King Institute of Preventive Medicine Bacteriolog. Section reports 1907-08
Year: 1907
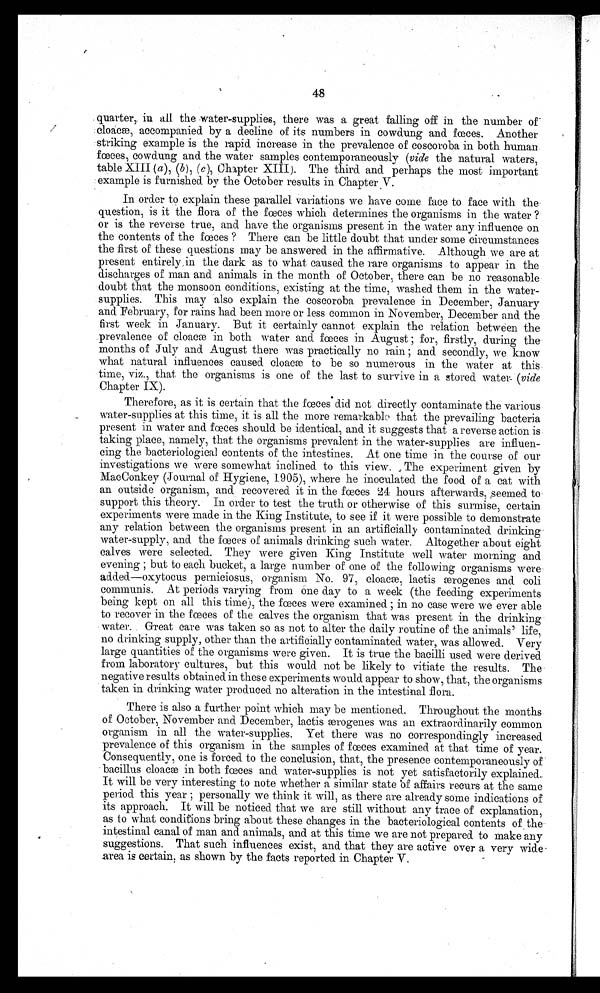
48
•
quarter,. iu all the water-supplies, there was a great falling off in the number of
-
cloacæ, accompanied by a decline of its numbers in cowdung and. fœces. Another
striking example is the rapid. increase in the prevalence of coscoroba in both human.
fœces, cowdung and the water samples contemporaneously (vide the natural waters,
table XIII (a), (b), (c), Chapter XIII). The third and perhaps the most important
example is furnished by the October results in Chapter V.
In order to explain these parallel variations we have come face to face with the
question, is it the flora of the fœces which determines the organisms in the water ?
or is the reverse true, and have the organisms present in the water any influence on
the contents of the fœces ? There can be little doubt that under some circumstances
the first of these questions may be answered in the affirmative. Although we are at
present entirely in the dark as to what caused the rare organisms to appear in the
discharges of man and animals in the month of October, there can be no reasonable
doubt that the monsoon conditions, existing at the time, washed them in the water-
supplies. This may also explain the coscoroba prevalence in December, January
and February, for rains had been more or less common in November, December and the
first week in January. But it certainly cannot explain the relation between the
.prevalence of cloacm in both water and fœces in August for, firstly, during the
months of July and August there was practically no rain; and secondly, we know
what natural influences caused cloacæ to be so numerous in the water at this.
time, viz., that the organisms is one of the last to survive in a stored water- (vide
Chapter IX).
Therefore, as it is certain that the fœces did not directly contaminate the various
water-supplies at this time, it is all the more remarkable that the prevailing bacteria
present in water and fœces should be identical, and it suggests that a reverse action is
taking place, namely, that the organisms prevalent in the water-supplies are influen-
cing the bacteriological contents of the intestines. At one time in the course of our
investigations we were somewhat inclined to this view. , The experiment given by
MacConkey (Journal of Hygiene, 1905), where he inoculated the food of a cat with
an outside organism, and recovered it in the fœces 24 hours afterwards, seemed to
support this theory. In order to test the truth or otherwise of this surmise, certain
experiments were made in the King Institute, to see if it were possible to demonstrate
any relation between the organisms present in an artificially contaminated drinking
water-supply, and the fœces of animals drinking such water. Altogether about eight
calves were selected. They were given King Institute well water morning and
evening ; but to each bucket, a large number of one of the following organisms were-
added—oxytocus perniciosus, organism No. 97, cloacæ, lactis ærogenes and coli
communis. At periods varying from one day to a week (the feeding experiments
being kept on all this time), the fœces were examined ; in no case were we ever able
to recover in the fœces of the calves the organism that was present in the drinking
water. Great care was taken so as not to alter the daily routine of the animals' life,
no drinking supply, other than the artificially contaminated water, was allowed. Very
large quantities of the organisms were given. It is true the bacilli used were derived
from laboratory cultures, but this would not be likely to vitiate the results. The
negative results obtained these experiments would appear to show, that, the organisms
taken in drinking water produced no alteration in the intestinal flora.
There is also a further point which may be mentioned. Throughout the months
of October, November and December, lactis ærogenes was an extraordinarily common
organism in all the water-supplies. Yet there was no correspondingly increased
prevalence of this organism in the samples of fœces examined at that time of year.
Consequently, one is forced to the conclusion, that, the presence contemporaneously of
bacillus cloacæ in both fœces and water-supplies is not yet satisfactorily explained.
It will be very interesting to note whether a similar state of affairs recurs at the same
pe r i od t hi s ye a r ; pe r s ona l l y we t h i n k i t wi l l , a s t h e r e a r e a l r e a d y s o me i n d i c a t i o n s o f
its approach. It will be noticed that we are still without any trace of explanation,
as to what conditions bring about these changes in the bacteriological contents of the
intestinal canal of man and animals, and at this time we are not prepared to make any
suggestions. That such influences exist, and that they are active over a very wide
area is certain, as shown by the facts reported in Chapter V.